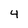
Character: 4